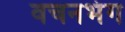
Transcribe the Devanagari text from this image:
वचनभंग